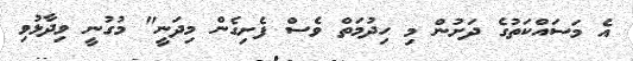
އެ މަސައްކަތުގެ ދަށުން މި ހިދުމަތް ވެސް ފެށިގެން މިދަނީ" މުގުނީ ވިދާޅުވި